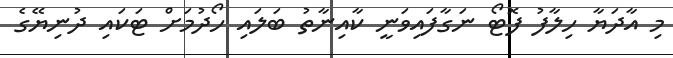
މި އާދަޔާ ހިލާފު ފޮޓޯ ނަގާފައިވަނީ ކާއިނާތު ބަލައި ހޯދުމަށް ޓަކައި ދުނިޔޭގެ